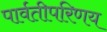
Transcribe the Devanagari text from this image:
पार्वतीपरिणय